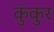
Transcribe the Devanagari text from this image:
कुंकुर